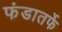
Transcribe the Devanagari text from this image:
फंडातर्फे